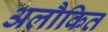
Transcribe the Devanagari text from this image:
अलौकित